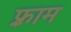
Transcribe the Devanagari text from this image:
फ़्राम